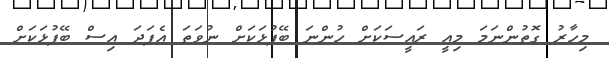
މިހާރު ގޮތުންނަމަ މިއީ ރައީސަކަށް ހުންނަ ބޭފުޅަކަށް ނުވަތަ އެފަދަ އިސް ބޭފުޅަކަށް